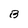
Character: B